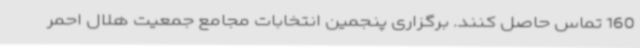
160 تماس حاصل کنند. برگزاری پنجمین انتخابات مجامع جمعیت هلال احمر